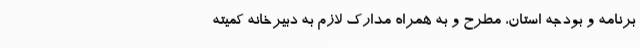
برنامه و بودجه استان، مطرح و به همراه مدارک لازم به دبیرخانه کمیته